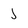
Character: j